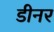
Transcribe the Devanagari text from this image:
डीनर